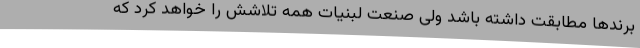
برندها مطابقت داشته باشد ولی صنعت لبنیات همه تلاشش را خواهد کرد که